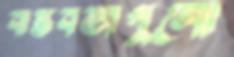
বাস্তবতাগুলো